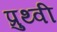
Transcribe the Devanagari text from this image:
प्रुथ्वी